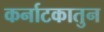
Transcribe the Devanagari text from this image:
कर्नाटकातुन